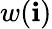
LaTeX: w(\mathbf{i})